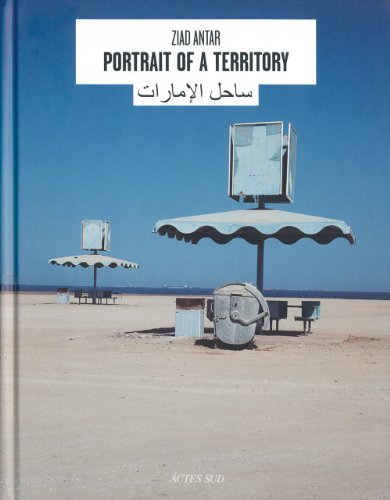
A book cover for Ziad Antar: Portrait of a Territory; Christine Macel; Travel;